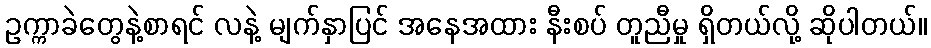
ဥက္ကာခဲတွေနဲ့စာရင် လနဲ့ မျက်နှာပြင် အနေအထား နီးစပ် တူညီမှု ရှိတယ်လို့ ဆိုပါတယ်။